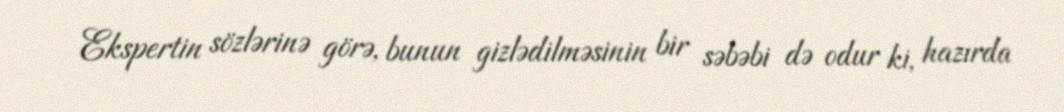
Ekspertin sözlərinə görə, bunun gizlədilməsinin bir səbəbi də odur ki, hazırda